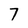
Character: 7